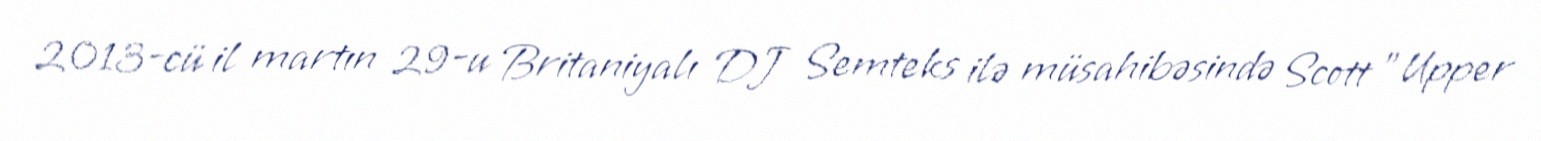
2013-cü il martın 29-u Britaniyalı DJ Semteks ilə müsahibəsində Scott "Upper